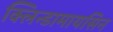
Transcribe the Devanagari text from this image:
क्लिन्डामायसिन